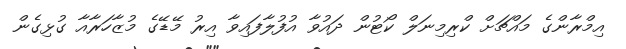
އިމްރާންގެ މައްޗަށް ކްރިމިނަލް ކޯޓުން ދައުވާ އުފުލާފައިވާ އިރު މޭޑޭގެ މުޒާހަރާއާ ގުޅިގެން